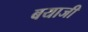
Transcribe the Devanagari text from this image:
बयाजी